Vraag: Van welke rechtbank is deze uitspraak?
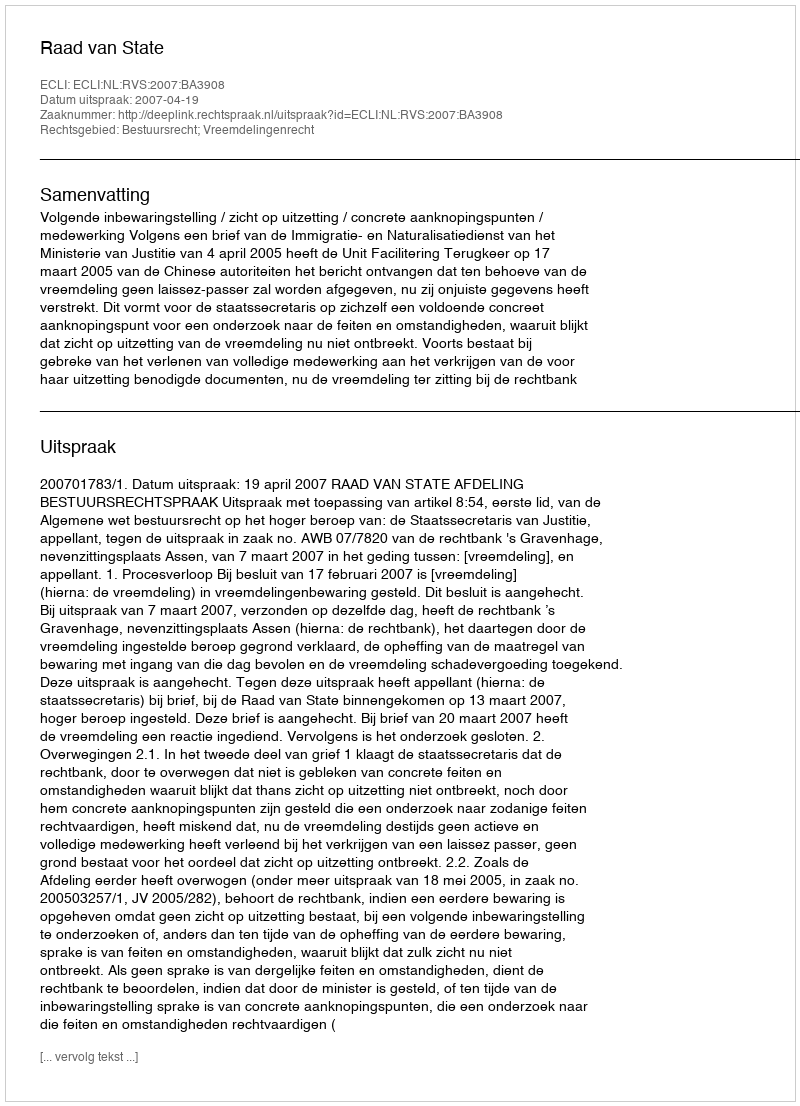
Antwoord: Raad van State